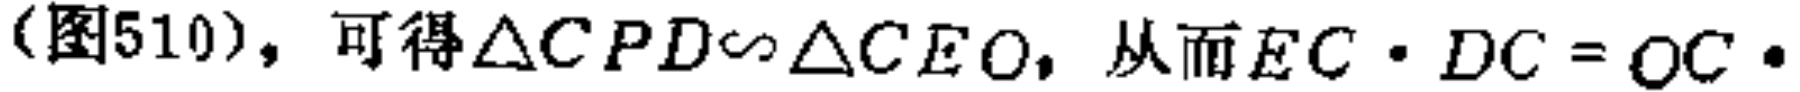
(图510)，可得$\triangle CPD\sim\triangle CEO$，从而$EC\cdot DC = OC\cdot  $